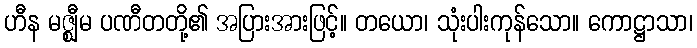
ဟီန မဇ္ဈီမ ပဏီတတို့၏ အပြားအားဖြင့်။ တယော၊ သုံးပါးကုန်သော။ ကောဋ္ဌာသာ၊